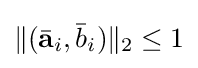
\|({\bar {\mathbf {a} }}_{i},{\bar {b}}_{i})\|_{2}\leq 1